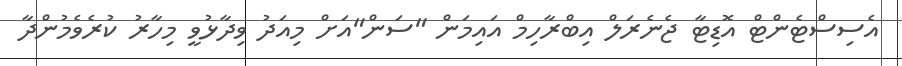
އެސިސްޓެންޓް އޮޑިޓާ ޖެނެރަލް އިބްރާހިމް އައިމަން "ސަން"އަށް މިއަދު ވިދާޅުވީ މިހާރު ކުރެވެމުންދާ